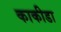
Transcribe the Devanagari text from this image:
काकीडा